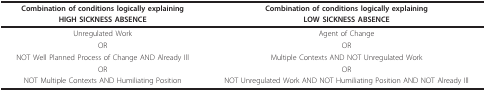
<table><thead><tr><td><b>Combination of conditions logically explaining</b></td><td><b>Combination of conditions logically explaining</b></td></tr><tr><td><b>HIGH SICKNESS ABSENCE</b></td><td><b>LOW SICKNESS ABSENCE</b></td></tr></thead><tbody><tr><td>Unregulated Work</td><td>Agent of Change</td></tr><tr><td>OR</td><td>OR</td></tr><tr><td>NOT Well Planned Process of Change AND Already Ill</td><td>Multiple Contexts AND NOT Unregulated Work</td></tr><tr><td>OR</td><td>OR</td></tr><tr><td>NOT Multiple Contexts AND Humiliating Position</td><td>NOT Unregulated Work AND NOT Humiliating Position AND NOT Already Ill</td></tr></tbody></table>